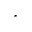
^ *